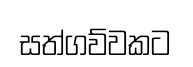
සත්ගව්වකට